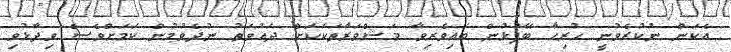
އެކަން ނުކުރެވުނީ ހުރިހާ ބޭފުޅުން ބައިވެރިވާ މަޝްވަރާތަކަކަށް ދައުވަތު ނުދެވުމުން ކަމަށްވެސް ވިދާޅުވި